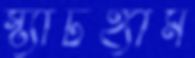
স্ট্যাটহ্যাম